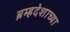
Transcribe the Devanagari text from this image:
ब्रम्हदेशाच्या